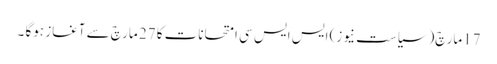
17مارچ(سیاست نیوز) ایس ایس سی امتحانات کا 27 مارچ سے آغاز ہوگا ۔